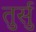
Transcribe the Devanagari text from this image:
तुर्सु